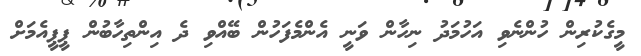
މީގެކުރިން ހުންނެވި އަހުމަދު ނިހާން ވަނީ އެންމެފަހުން ބޭއްވި ދެ އިންތިހާބުން ޕީޕީއެމަށް